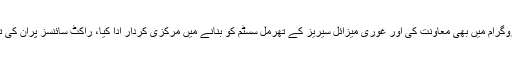
ڈاکٹر تسنیم شاہ نے پاکستان کے میزائل پروگرام میں بھی معاونت کی اور غوری میزائل سیریز کے تھرمل سسٹم کو بنانے میں مرکزی کردار ادا کیا، راکٹ سائنسز پران کی تحقیقات کو بین الاقوامی سطح پر سراہا گیا۔